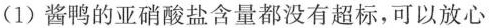
(1)酱鸭的亚硝酸盐含量都没有超标，可以放心